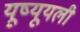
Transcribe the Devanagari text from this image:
यूष्यूयली